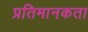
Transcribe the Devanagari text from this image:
प्रतिमानकता